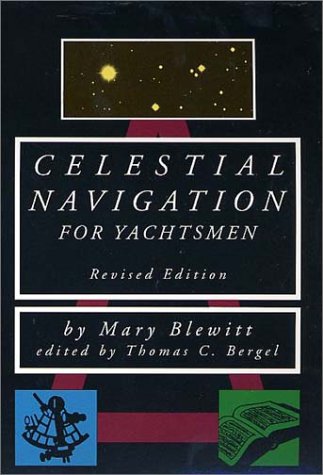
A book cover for Celestial Navigation for Yachtsmen; Mary Blewitt; Science & Math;